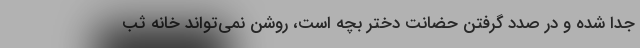
جدا شده و در صدد گرفتن حضانت دختر بچه است، روشن نمی‌تواند خانه ثب